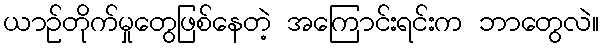
ယာဉ်တိုက်မှုတွေဖြစ်နေတဲ့ အကြောင်းရင်းက ဘာတွေလဲ။